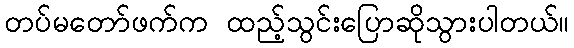
တပ်မတော်ဖက်က ထည့်သွင်းပြောဆိုသွားပါတယ်။